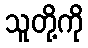
သူတို့ကို